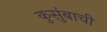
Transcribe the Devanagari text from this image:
कुसुंबाची